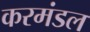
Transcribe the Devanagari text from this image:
करमंडल